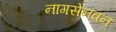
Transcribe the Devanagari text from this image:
नागसेनवन